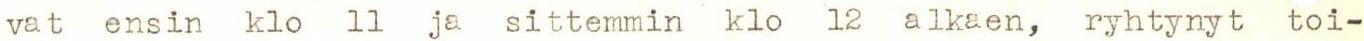
vat ensin klo 11 ja sittemmin klo 12 alkaen, ryhtynyt toi-